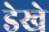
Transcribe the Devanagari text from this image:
डेखे